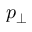
p _ { \perp }